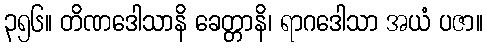
၃၅၆။ တိဏဒေါသာနိ ခေတ္တာနိ၊ ရာဂဒေါသာ အယံ ပဇာ။